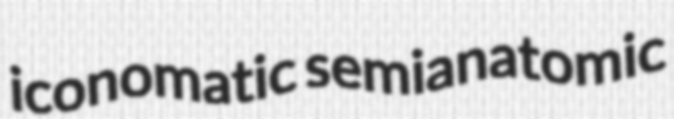
iconomatic semianatomic